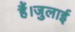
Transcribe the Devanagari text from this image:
हैं।जुलाई